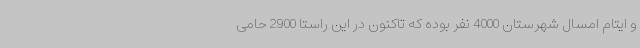
و ایتام امسال شهرستان 4000 نفر بوده که تاکنون در این راستا 2900 حامی